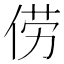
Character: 𫢬